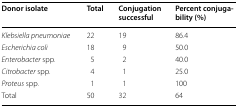
| Donor isolate | Total | Conjugation successful | Percent conjugability (%) |
 | --- | --- | --- | --- |
 | Klebsiella pneumoniae | 22 | 19 | 86.4 |
 | Escherichia coli | 18 | 9 | 50.0 |
 | Enterobacter spp. | 5 | 2 | 40.0 |
 | Citrobacter spp. | 4 | 1 | 25.0 |
 | Proteus spp. | 1 | 1 | 100 |
 | Total | 50 | 32 | 64 |